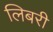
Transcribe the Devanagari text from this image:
लिबरी